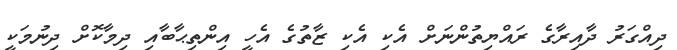
ދިއްގަރު ދާއިރާގެ ރައްޔިތުންނަށް އެކި އެކި ޒާތުގެ އެހީ އިންތިޙާބާއި ދިމާކޮށް ދިނުމަކީ